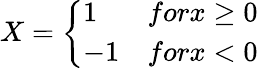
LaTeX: X=\left\{ \begin{array}{ll}{1}&{forx\ge 0}\\ {-1}&{forx<0}\end{array}\right.